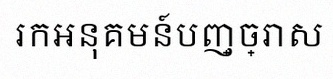
រកអនុគមន៍បញ្ច្រាស